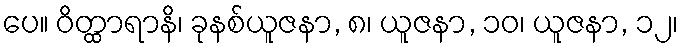
ပေ။ ဝိတ္ထာရာနိ၊ ခုနစ်ယူဇနာ, ၈၊ ယူဇနာ, ၁၀၊ ယူဇနာ, ၁၂၊